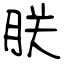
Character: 朕